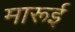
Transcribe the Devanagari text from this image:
मारूई